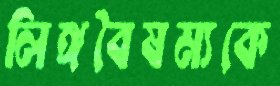
লিঙ্গবৈষম্যকে